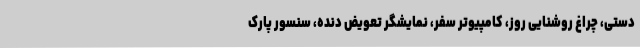
دستی، چراغ روشنایی روز، کامپیوتر سفر، نمایشگر تعویض دنده، سنسور پارک